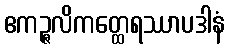
ဧကဉ္ဇလိကတ္ထေရဿာပဒါနံ